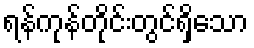
ရန်ကုန်တိုင်းတွင်ရှိသော